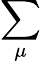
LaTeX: \sum_{\mu}